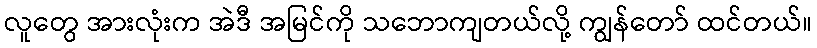
လူတွေ အားလုံးက အဲဒီ အမြင်ကို သဘောကျတယ်လို့ ကျွန်တော် ထင်တယ်။